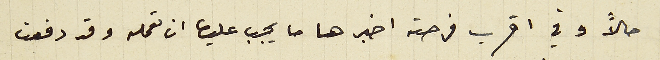
حالاً وفي اقرب فرصة اخبرها ما يجب عليها ان تعمله وقد دفعت